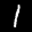
Label: 1